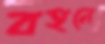
বহনে